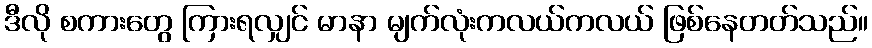
ဒီလို စကားတွေ ကြားရလျှင် မာနာ မျက်လုံးကလယ်ကလယ် ဖြစ်နေတတ်သည်။